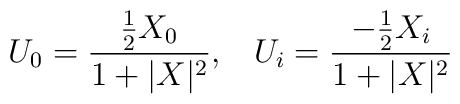
U_{0}=  \frac{\frac{1}{2} X_{0}}{1+|X|^{2}},\;\;\;U_{i}=\frac{-\frac{1}{2}X_{i}}{1+|X|^{2} }